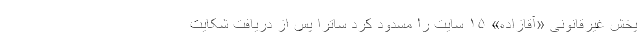
پخش غیرقانونی «آقازاده» ۱۵ سایت را مسدود کرد ساترا پس از دریافت شکایت